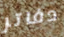
دفاتر